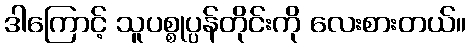
ဒါကြောင့် သူပစ္စုပ္ပန်တိုင်းကို လေးစားတယ်။